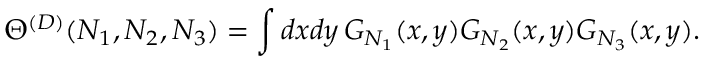
\Theta ^ { ( D ) } ( N _ { 1 } , N _ { 2 } , N _ { 3 } ) = \int d x d y \, G _ { N _ { 1 } } ( x , y ) G _ { N _ { 2 } } ( x , y ) G _ { N _ { 3 } } ( x , y ) .